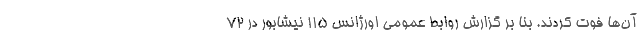
آن‌ها فوت کردند. بنا بر گزارش روابط عمومی اورژانس ۱۱۵ نیشابور در ۷۲